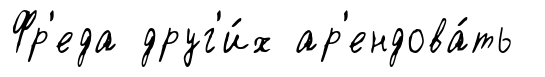
Фр'еда друг'и́х ар'ендова́ть